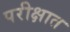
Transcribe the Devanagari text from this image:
परीक्षात